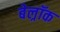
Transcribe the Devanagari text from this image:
बेल्रॉक